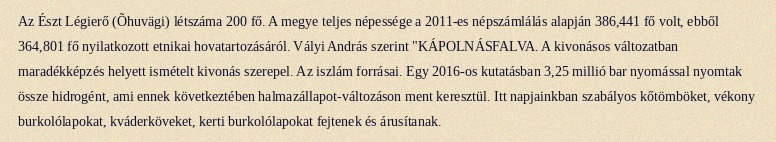
Az Észt Légierő (Õhuvägi) létszáma 200 fő. A megye teljes népessége a 2011-es népszámlálás alapján 386,441 fő volt, ebből 364,801 fő nyilatkozott etnikai hovatartozásáról. Vályi András szerint "KÁPOLNÁSFALVA. A kivonásos változatban maradékképzés helyett ismételt kivonás szerepel. Az iszlám forrásai. Egy 2016-os kutatásban 3,25 millió bar nyomással nyomtak össze hidrogént, ami ennek következtében halmazállapot-változáson ment keresztül. Itt napjainkban szabályos kőtömböket, vékony burkolólapokat, kváderköveket, kerti burkolólapokat fejtenek és árusítanak.